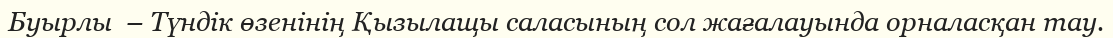
Буырлы  – Түндік өзенінің Қызылащы саласының сол жағалауында орналасқан тау.